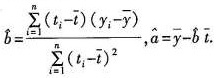
为$$\hat { b } = \frac { \sum _ { i = 1 } ^ { n } \left ( t _ { i } - \bar { t } \right ) \left ( y _ { i } - \bar { y } \right ) } { \sum _ { i = 1 } ^ { n } \left ( t _ { i } -\bar { t } \right